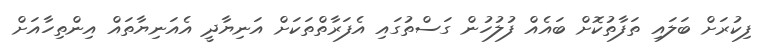
ފިކުރަށް ބަލައި ތަފާތުކޮށް ބައެއް ފުލުހުން ގަސްތުގައި އެފަރާތްތަކަށް އަނިޔާދީ އެއަނިޔާތައް އިންތިހާއަށް